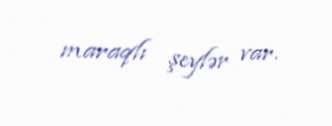
maraqlı şeylər var.